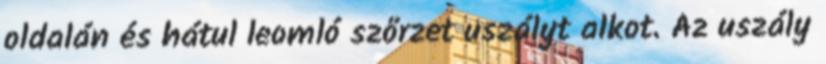
oldalán és hátul leomló szőrzet uszályt alkot. Az uszály